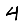
Digit: 4